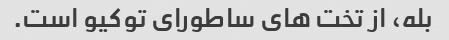
بله، از تخت های ساطورای توکیو است.